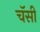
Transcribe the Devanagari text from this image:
चॅसी